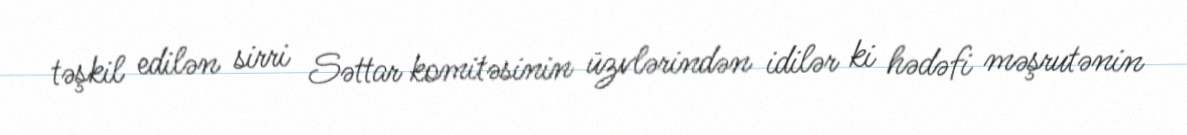
təşkil edilən sirri Səttar komitəsinin üzvlərindən idilər ki hədəfi məşrutənin